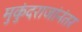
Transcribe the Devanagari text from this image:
मुकुंदराजांनंतर